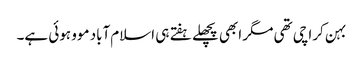
بہن کراچی تھی مگر ابھی پچھلے ہفتے ہی اسلام‌آباد موو ہوئی ہے۔